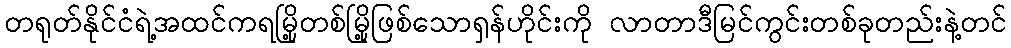
တရုတ်နိုင်ငံရဲ့အထင်ကရမြို့တစ်မြို့ဖြစ်သောရှန်ဟိုင်းကို လာတာဒီမြင်ကွင်းတစ်ခုတည်းနဲ့တင်